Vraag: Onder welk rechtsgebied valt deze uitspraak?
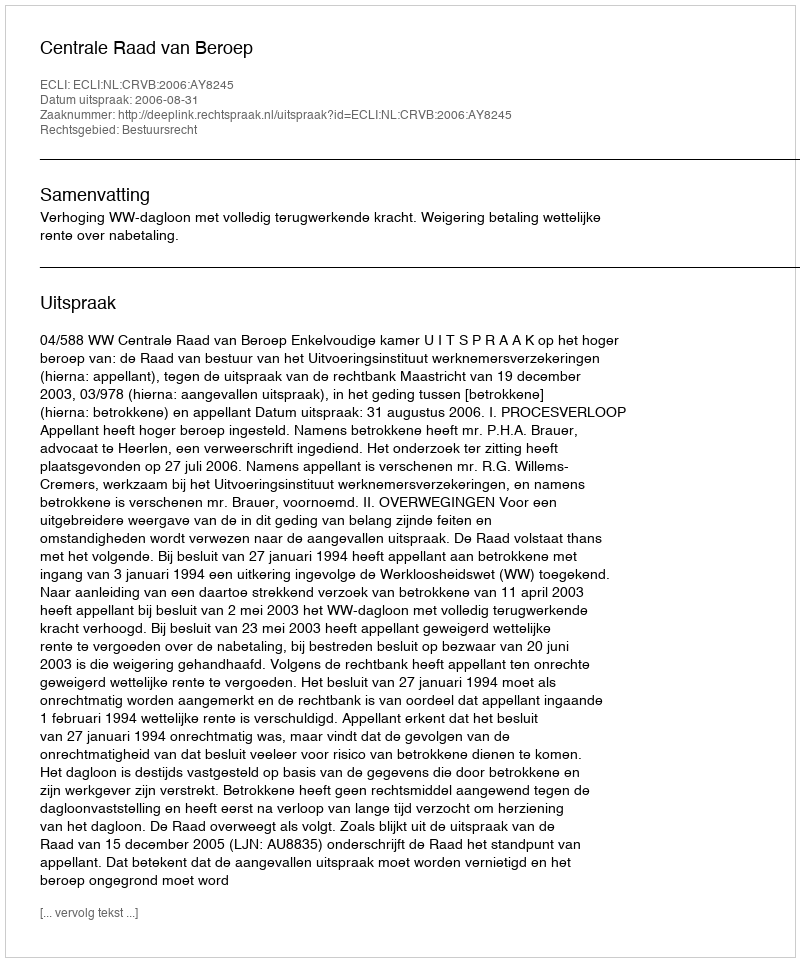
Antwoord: Bestuursrecht